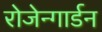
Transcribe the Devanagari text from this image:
रोजेन्गार्डन